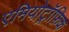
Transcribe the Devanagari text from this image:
एमियोट्रॉफ़िक